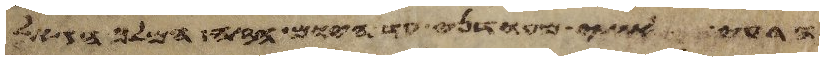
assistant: הרעה אתי מעודני עד היום הזה המלך הגאל